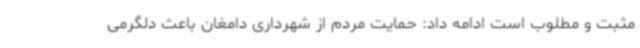
مثبت و مطلوب است ادامه داد: حمایت مردم از شهرداری دامغان باعث دلگرمی